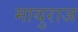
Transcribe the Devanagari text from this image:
मायुराज